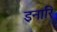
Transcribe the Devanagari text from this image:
इनारि